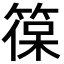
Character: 𮅡